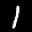
Label: 1